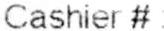
CASHIER #